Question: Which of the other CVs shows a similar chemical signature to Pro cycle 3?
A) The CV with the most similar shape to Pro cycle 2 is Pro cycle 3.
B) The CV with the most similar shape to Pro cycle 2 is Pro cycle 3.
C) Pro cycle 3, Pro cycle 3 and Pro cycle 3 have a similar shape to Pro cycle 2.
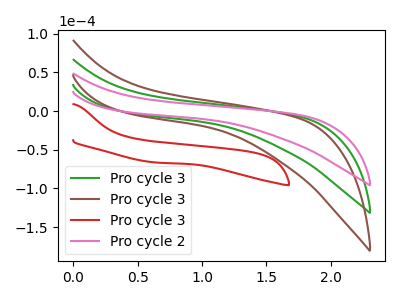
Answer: <think>The green curve "Pro cycle 3" has no peaks. The brown curve "Pro cycle 3" has no peaks. The red curve "Pro cycle 3" has no peaks. The pink curve "Pro cycle 2" has no peaks.
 Neither "Pro cycle 3" or "Pro cycle 3" have any peaks. Neither "Pro cycle 3" or "Pro cycle 3" have any peaks. Neither "Pro cycle 3" or "Pro cycle 2" have any peaks. Neither "Pro cycle 3" or "Pro cycle 3" have any peaks. Neither "Pro cycle 3" or "Pro cycle 2" have any peaks. Neither "Pro cycle 3" or "Pro cycle 2" have any peaks.</think>
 <answer>C) "Pro cycle 3", "Pro cycle 3" and "Pro cycle 3" have a similar shape to "Pro cycle 2".</answer>
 <eval>C</eval>